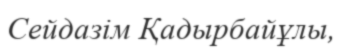
Сейдазім Қадырбайұлы,